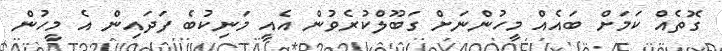
ގޮތެއް ކަމަށް ބައެއް މީހުންނަށް ގަބޫލްކުރެވުން އެއީ މަނިކުބެ ފަދައިން އެ މީހުން